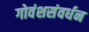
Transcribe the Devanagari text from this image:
गोवंशसंवर्धन